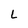
Character: L